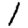
Digit: 1